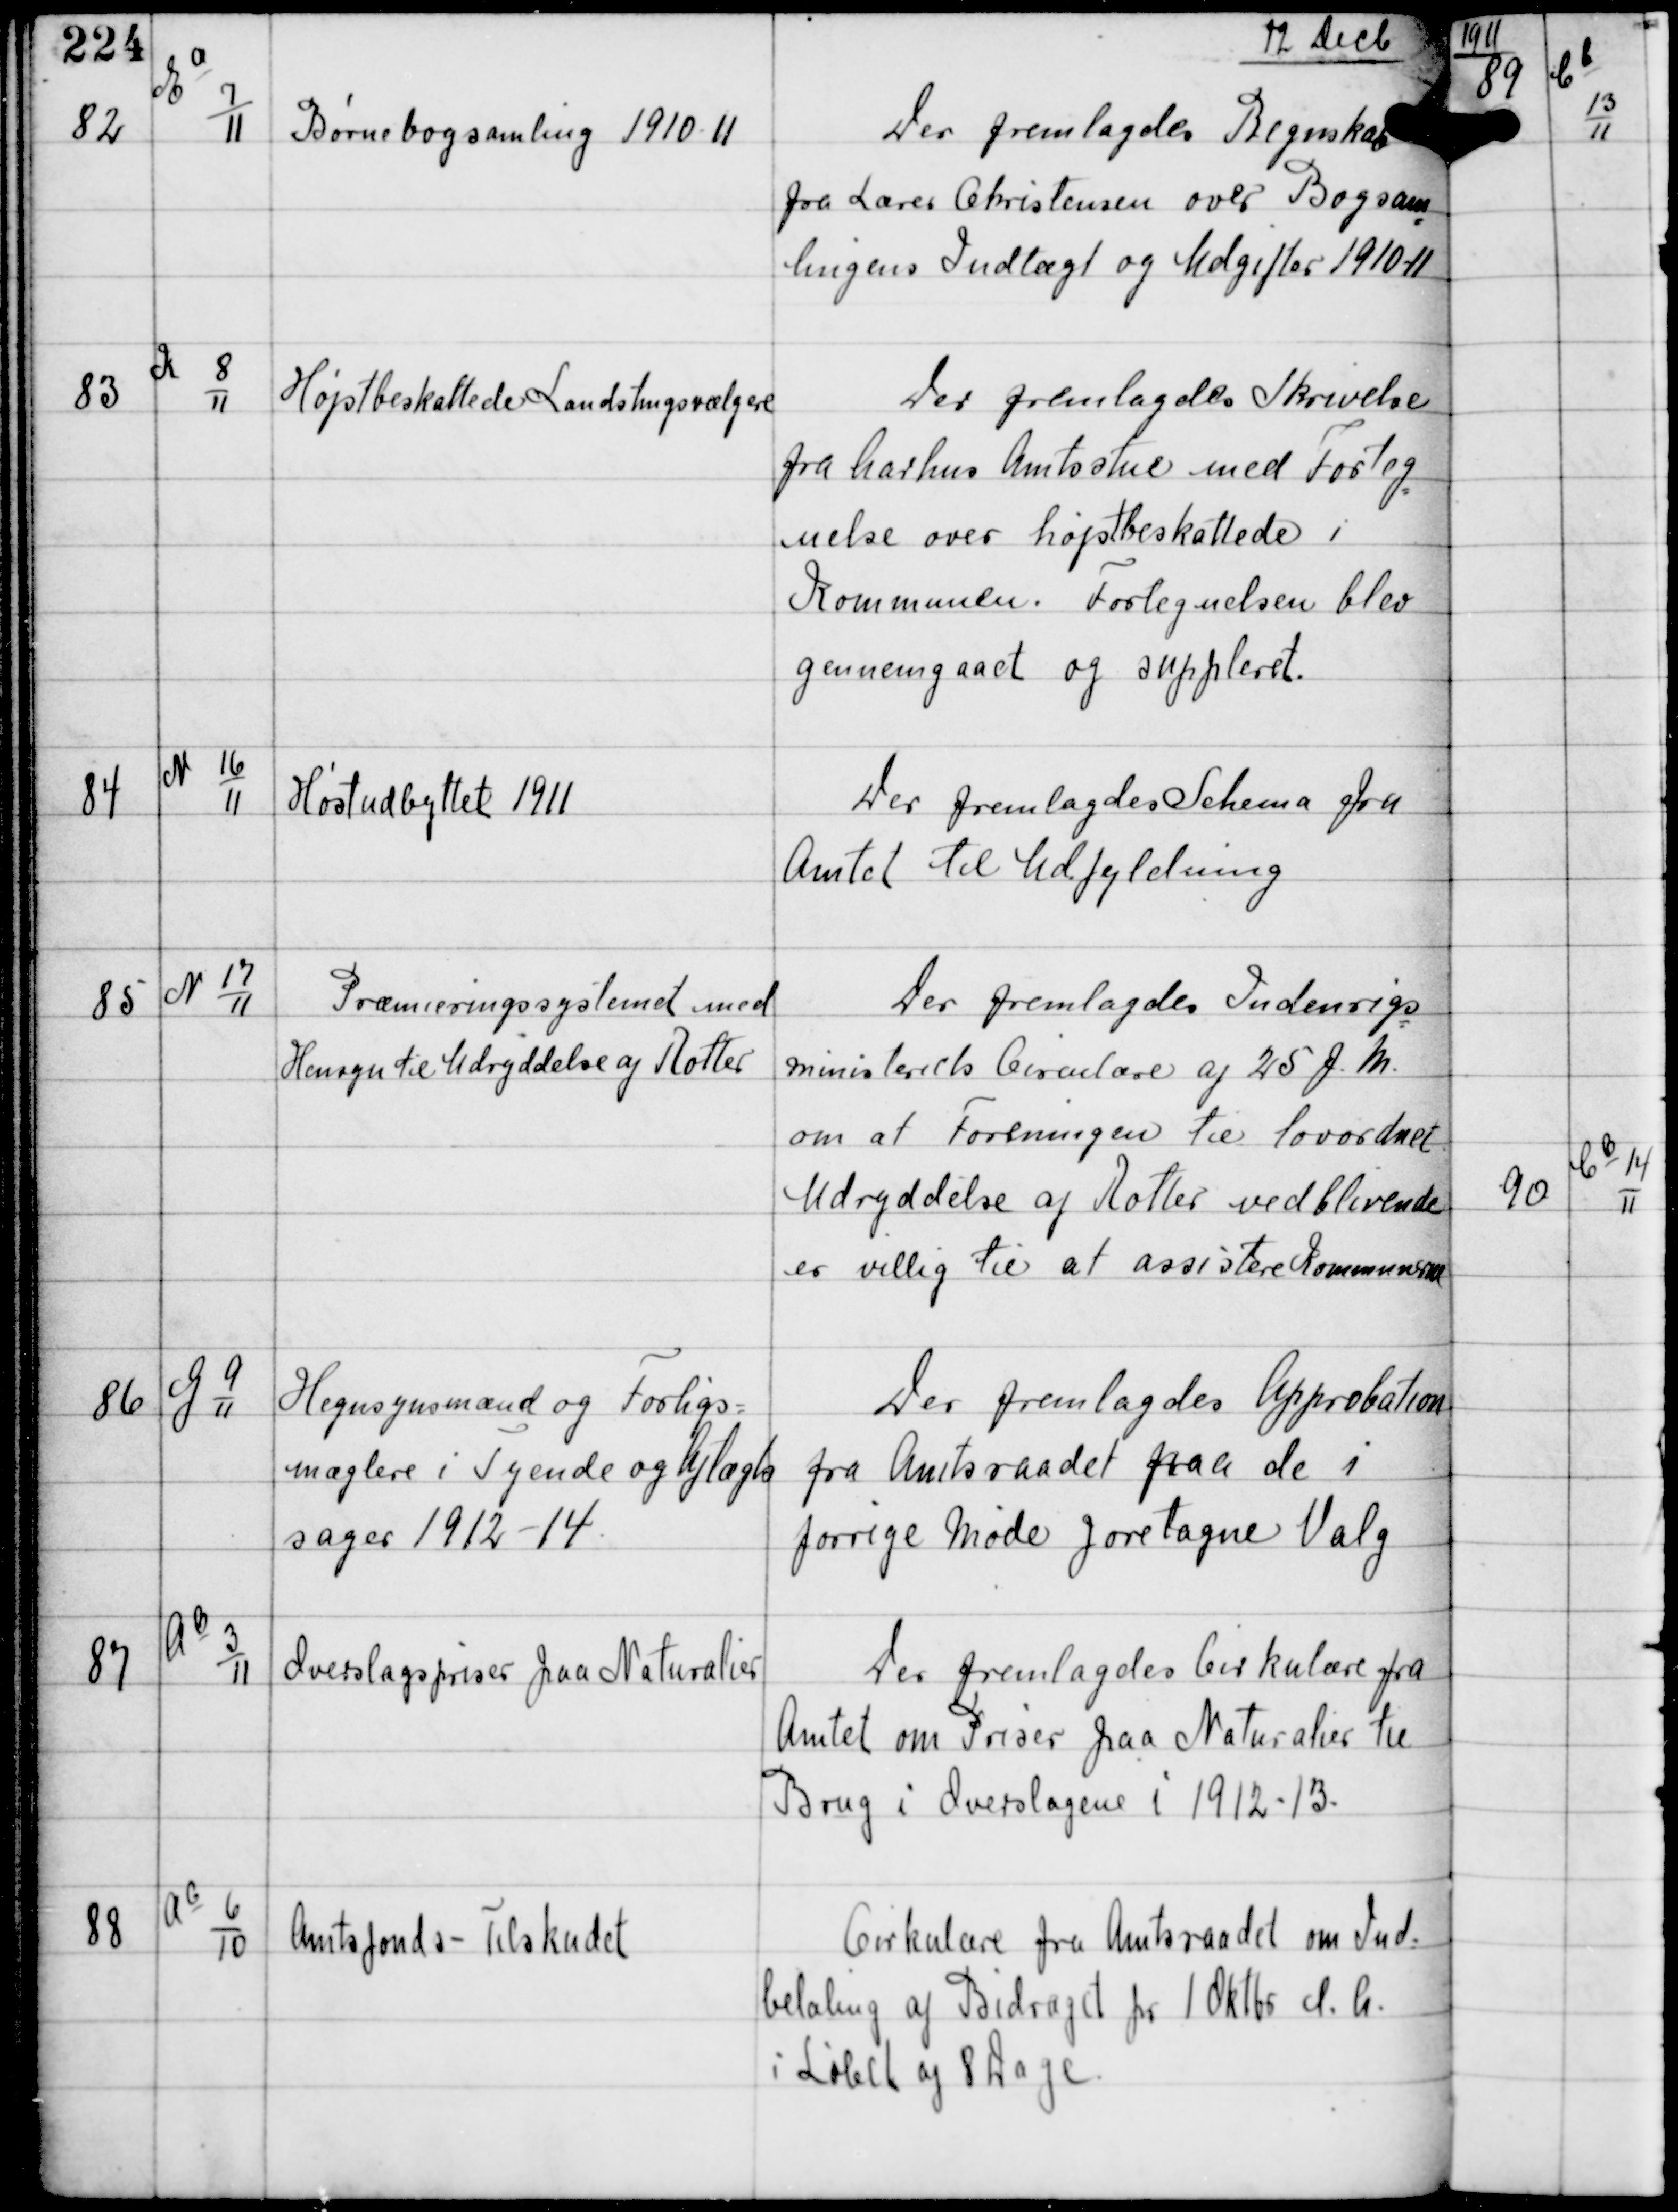
Transskription:
12 Decb

82

Ea
7
11

Børnebogsamling 1910-11

Der fremlagdes Regnskab
fra Lærer Christensen over Bogsam
lingens Indtægt og Udgifter 1910-11

83

K 8
11

Højstbeskattede Landstingsvælgere

Der fremlagdes Skrivelse
fra Aarhus Amtsstue med Forteg
nelse over højstbeskattede i
Kommunen. Fortegnelsen blev
gennemgaaet og suppleret.

84

N 16
11

Høstudbyttet 1911

Der fremlagdes Schema fra
Amtet til Udfyldning

85

N 17
11

Præmieringssystemet med
Hensyn til Udryddelse af Rotter

Der fremlagdes Indenrigs
ministeriets Circulære af 25 f.M.
om at Foreningen til lovordnet
Udryddelse af Rotter vedblivende
er villig til at assistere Kommunerne

86

G 9
11

Hegnsynsmænd og Forligs-
mæglere i Tyende og Aftægts
sager 1912-14

Der fremlagdes Approbation
fra Amtsraadet paa de i
forrige Møde foretagne Valg

87

A c
3
11

Overslagspriser paa Naturalier

Der fremlagdes Cirkulære fra
Amtet om Priser paa Naturalier til
Brug i Overslagene i 1912-13.

88

A c
6
10

Amtsfonds - Tilskudet

Cirkulære fra Amtsraadet om Ind-
betaling af Bidraget for 1 Oktbr d.A.
i Løbet af 8 Dage.